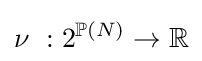
\nu \ :2^{\mathbb {P} (N)}\to \mathbb {R}